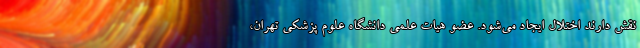
نقش دارند اختلال ایجاد می‌شود. عضو هیات علمی دانشگاه علوم پزشکی تهران،